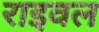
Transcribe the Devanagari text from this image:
राइवल